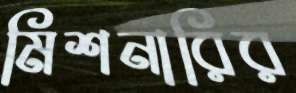
মিশনারির